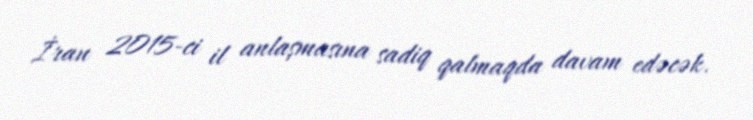
İran 2015-ci il anlaşmasına sadiq qalmaqda davam edəcək.